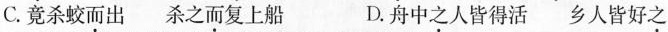
C.竟杀蛟\underset{·}{而}出 杀之\underset{·}{而}复上船 D.舟中\underset{·}{之}人皆得活 乡人皆好\underset{·}{之}